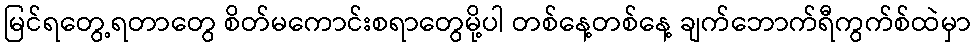
မြင်ရတွေ့ရတာတွေ စိတ်မကောင်းစရာတွေမို့ပါ တစ်နေ့တစ်နေ့ ချက်ဘောက်ရီကွက်စ်ထဲမှာ